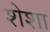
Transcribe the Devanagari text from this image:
शेशा